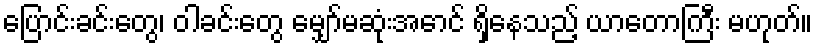
ပြောင်းခင်းတွေ၊ ဝါခင်းတွေ မျှော်မဆုံးအောင် ရှိနေသည့် ယာတောကြီး မဟုတ်။